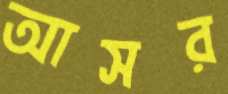
আসর